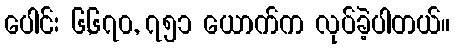
ပေါင်း ၆,၆၇၀, ၇၅၁ ယောက်က လုပ်ခဲ့ပါတယ်။